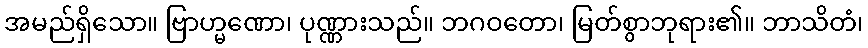
အမည်ရှိသော။ ဗြာဟ္မဏော၊ ပုဏ္ဏားသည်။ ဘဂဝတော၊ မြတ်စွာဘုရား၏။ ဘာသိတံ၊